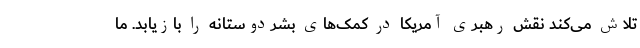
تلاش می‌کند نقش رهبری آمریکا در کمک‌های بشردوستانه را بازیابد. ما